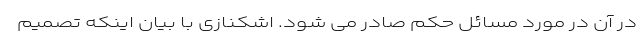
در آن در مورد مسائل حکم صادر می شود. اشکنازی با بیان اینکه تصمیم